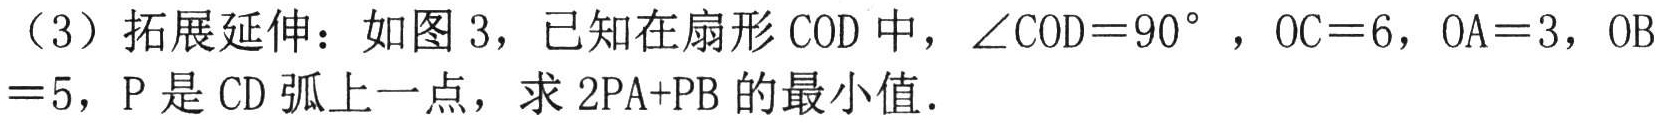
（3）拓展延伸：如图 3，已知在扇形$\text{COD}$中，$\angle\text{COD}=90^{\circ}$，$\text{OC}=6$，$\text{OA}=3$，$\text{OB}=5$，$\text{P}$是$\text{CD}$弧上一点，求$2\text{PA}+\text{PB}$的最小值．